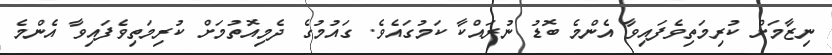
ނިޒާމަށް ކުރިމަތިވެފައިވާ އެންމެ ބޮޑު ނުރައްކާ ކަމުގައެވެ. ގައުމުގެ ދެމިއޮތުމަށް ކުރިމަތިވެފައިވާ އެންމެ